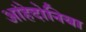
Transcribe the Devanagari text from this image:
आंहेदोनिया